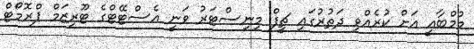
މުމްބާއީ އަށް ކުރެއްވި ދަތުރުގައި ޗީފް މިނިސްޓަރު ވަނީ އެސްޓޭޓްގެ ޓޫރިޒަމް ޕްރޮމޯޓް